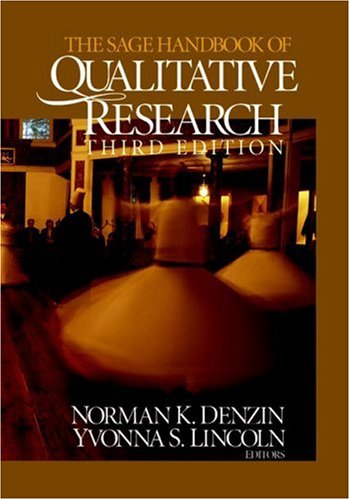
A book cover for The SAGE Handbook of Qualitative Research; Science & Math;